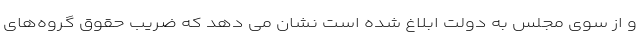
و از سوی مجلس به دولت ابلاغ شده است نشان می دهد که ضریب حقوق گروه‌های